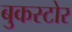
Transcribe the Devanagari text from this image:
बुकस्‍टोर